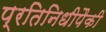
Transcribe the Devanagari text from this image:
प्रतिनिधीपैकी